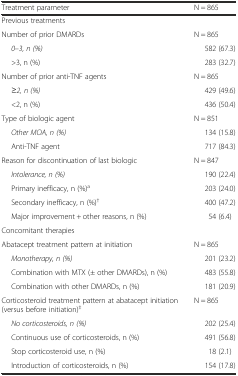
<table><thead><tr><td><b>Treatment parameter</b></td><td><b>N = 865</b></td></tr></thead><tbody><tr><td colspan="2">Previous treatments</td></tr><tr><td>Number of prior DMARDs</td><td>N = 865</td></tr><tr><td><i>0–3, n (%)</i></td><td>582 (67.3)</td></tr><tr><td>&gt;3, n (%)</td><td>283 (32.7)</td></tr><tr><td>Number of prior anti-TNF agents</td><td>N = 865</td></tr><tr><td> <i> ≥2, n (%)</i></td><td>429 (49.6)</td></tr><tr><td>&lt;2, n (%)</td><td>436 (50.4)</td></tr><tr><td>Type of biologic agent</td><td>N = 851</td></tr><tr><td><i>Other MOA, n (%)</i></td><td>134 (15.8)</td></tr><tr><td>Anti-TNF agent</td><td>717 (84.3)</td></tr><tr><td>Reason for discontinuation of last biologic</td><td>N = 847</td></tr><tr><td><i>Intolerance, n (%)</i></td><td>190 (22.4)</td></tr><tr><td>Primary inefficacy, n (%)<sup>a</sup></td><td>203 (24.0)</td></tr><tr><td>Secondary inefficacy, n (%)<sup>†</sup></td><td>400 (47.2)</td></tr><tr><td>Major improvement + other reasons, n (%)</td><td>54 (6.4)</td></tr><tr><td colspan="2">Concomitant therapies</td></tr><tr><td>Abatacept treatment pattern at initiation</td><td>N = 865</td></tr><tr><td> <i> Monotherapy, n (%)</i></td><td>201 (23.2)</td></tr><tr><td>Combination with MTX (± other DMARDs), n (%)</td><td>483 (55.8)</td></tr><tr><td>Combination with other DMARDs, n (%)</td><td>181 (20.9)</td></tr><tr><td>Corticosteroid treatment pattern at abatacept initiation (versus before initiation)<sup>‡</sup></td><td>N = 865</td></tr><tr><td><i>No corticosteroids, n (%)</i></td><td>202 (25.4)</td></tr><tr><td>Continuous use of corticosteroids, n (%)</td><td>491 (56.8)</td></tr><tr><td>Stop corticosteroid use, n (%)</td><td>18 (2.1)</td></tr><tr><td>Introduction of corticosteroids, n (%)</td><td>154 (17.8)</td></tr></tbody></table>